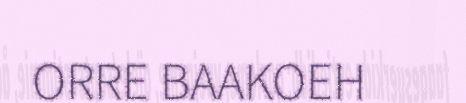
ORRE BAAKOEH